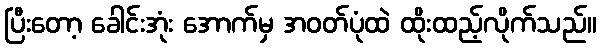
ပြီးတော့ ခေါင်းအုံး အောက်မှ အဝတ်ပုံထဲ ထိုးထည့်လိုက်သည်။